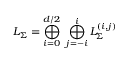
L _ { \Sigma } = \bigoplus _ { i = 0 } ^ { d / 2 } ~ \bigoplus _ { j = - i } ^ { i } L _ { \Sigma } ^ { ( i , j ) }